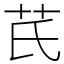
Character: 芪